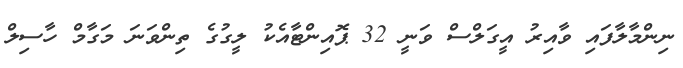
ނިންމާލާފައި ވާއިރު އީގަލްސް ވަނީ 32 ޕޮއިންޓާއެކު ލީގުގެ ތިންވަނަ މަގާމް ހާސިލް